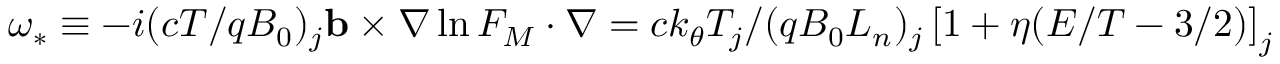
\omega _ { * } \equiv - i ( c T / q B _ { 0 } ) _ { j } \mathbf { b } \times \nabla \ln F _ { M } \cdot \nabla = c k _ { \theta } T _ { j } / ( q B _ { 0 } L _ { n } ) _ { j } \left[ 1 + \eta ( E / T - 3 / 2 ) \right] _ { j }